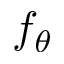
f _ { \theta }